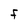
Character: F